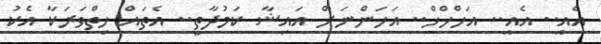
އެއީ.. އެއީ.. އަހްްްހްހް.. އަހަންނަށް އައިޝާ ކަމުދާތީ.. އެތައް ހިތްވަރަކާ އެކު